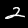
Label: 2